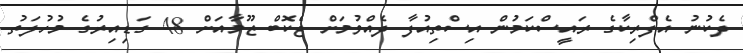
ދެކުނު އެފްރިކާގެ ރައީސްކަމުން އިސްތިއުފާ ދެއްވުމަށް ޖެކޮބް ޒޫމާއަށް 48 ގަޑިއިރުގެ މުހުލަތު